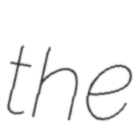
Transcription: the